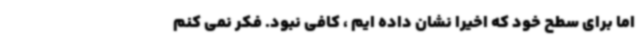
اما برای سطح خود که اخیراً نشان داده ایم ، کافی نبود. فکر نمی کنم